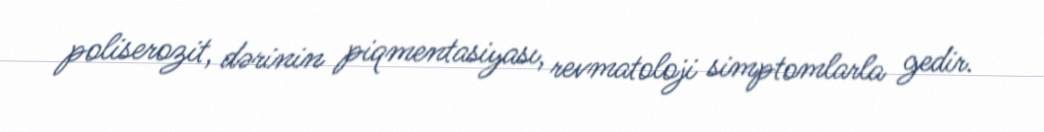
poliserozit, dərinin piqmentasiyası, revmatoloji simptomlarla gedir.